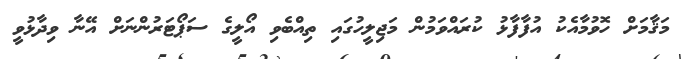
މަޤާމަށް ހޮވުމާއެކު އުފާފާޅު ކުރައްވަމުން މަޖިލީހުގައި ތިއްބެވި އޯލީގެ ސަޕޯޓަރުންނަށް އޭނާ ވިދާޅުވީ